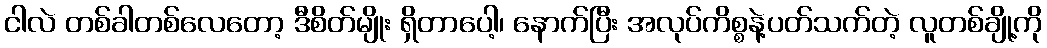
ငါလဲ တစ်ခါတစ်လေတော့ ဒီစိတ်မျိုး ရှိတာပေါ့၊ နောက်ပြီး အလုပ်ကိစ္စနဲ့ပတ်သက်တဲ့ လူတစ်ချို့ကို